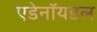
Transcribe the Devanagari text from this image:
एडेनॉयडल